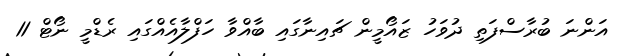
އަންނަ ބުރާސްފަތި ދުވަހު ޒައޯމީން ޗައިނާގައި ބާއްވާ ހަފްލާއެއްގައި ރެޑްމީ ނޯޓް 11